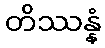
တိဿန္နံ